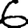
Digit: 6